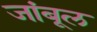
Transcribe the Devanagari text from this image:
जांबूल